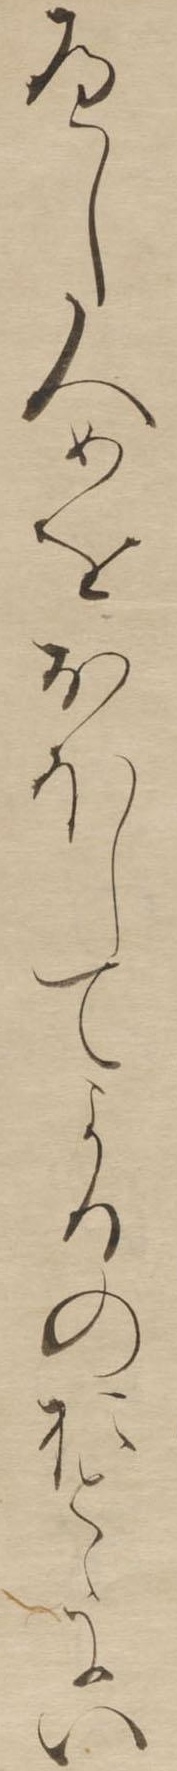
へし人めをおほしてよるのおとゝにい